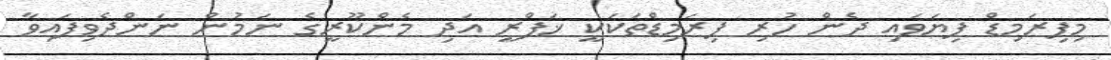
މިޕިރަމިޑް ފިޔަވައި ދެން ހުރި ޕިރަމިޑްތަކަކީ ޚަފްރީ އަދި މެންކޫރީގެ ނަމުން ނަންދެވިފައިވާ